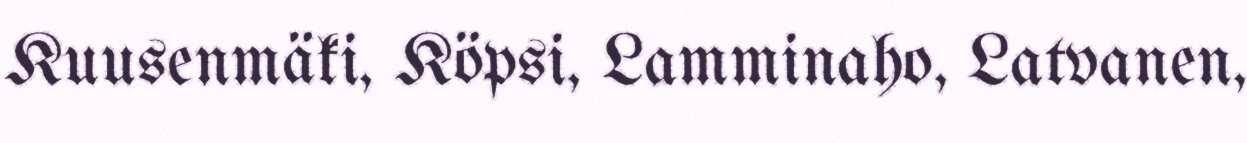
Kuusenmäki, Köpsi, Lamminaho, Latvanen,